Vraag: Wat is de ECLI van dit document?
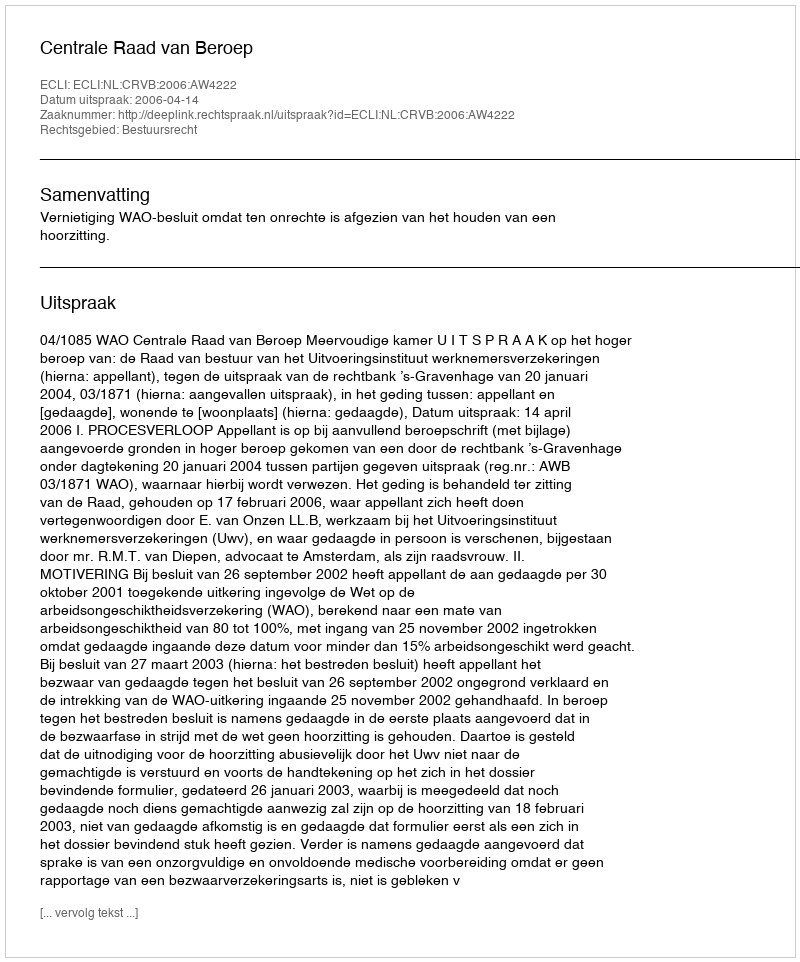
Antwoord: ECLI:NL:CRVB:2006:AW4222